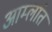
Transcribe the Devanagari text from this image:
आम्लांत